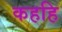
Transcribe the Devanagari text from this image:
कहहि